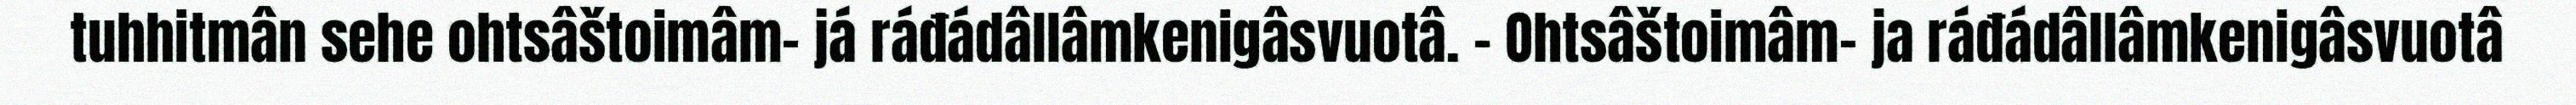
tuhhitmân sehe ohtsâštoimâm- já ráđádâllâmkenigâsvuotâ. – Ohtsâštoimâm- ja ráđádâllâmkenigâsvuotâ